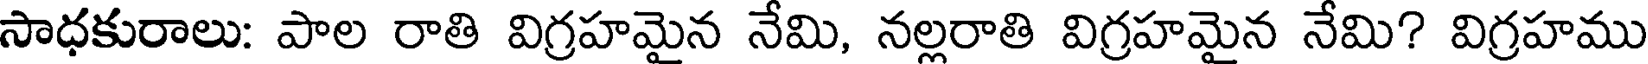
సాధకురాలు: పాల రాతి విగ్రహమైన నేమి, నల్లరాతి విగ్రహమైన నేమి? విగ్రహము